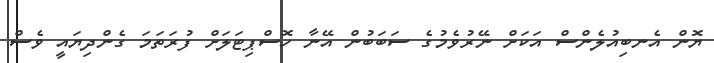
ޔޮން އެނބިއުލެންސް އަކަށް ނޭރުވެމުގެ ސަބަބުން އޭނާ ހޮސްޕިޓަލަށް ފުރަތަމަ ގެންދިޔައީ ވެސް